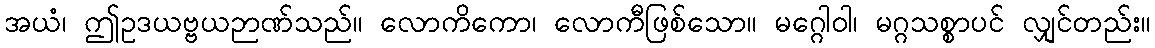
အယံ၊ ဤဥဒယဗ္ဗယဉာဏ်သည်။ လောကိကော၊ လောကီဖြစ်သော။ မဂ္ဂေါဝါ၊ မဂ္ဂသစ္စာပင် လျှင်တည်း။